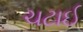
ચટાઈ